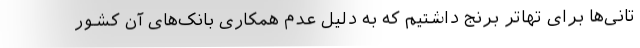
تانی‌ها برای تهاتر برنج داشتیم که به دلیل عدم همکاری بانک‌های آن کشور